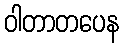
ဝါတာတပေန